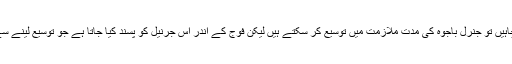
وزیراعظم اگر چاہیں تو جنرل باجوہ کی مدت ملازمت میں توسیع کر سکتے ہیں لیکن فوج کے اندر اس جرنیل کو پسند کیا جاتا ہے جو توسیع لینے سے انکار کر دے۔